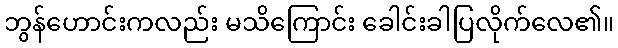
ဘွန်ဟောင်းကလည်း မသိကြောင်း ခေါင်းခါပြလိုက်လေ၏။